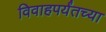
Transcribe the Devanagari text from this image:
विवाहपर्यंतच्या